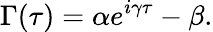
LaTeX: \Gamma(\tau)=\alpha e^{i\gamma\tau}-\beta.